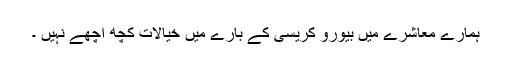
ہمارے معاشرے میں بیورو کریسی کے بارے میں خیالات کچھ اچھے نہیں ۔